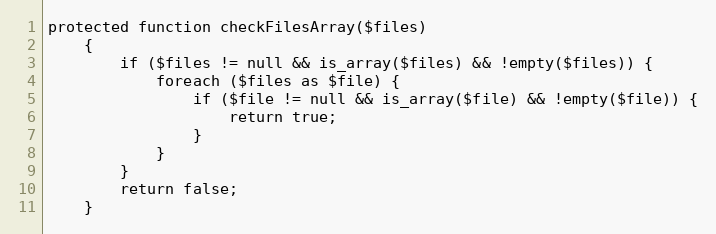
Language: PHP
protected function checkFilesArray($files)
    {
        if ($files != null && is_array($files) && !empty($files)) {
            foreach ($files as $file) {
                if ($file != null && is_array($file) && !empty($file)) {
                    return true;
                }
            }
        }
        return false;
    }